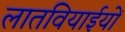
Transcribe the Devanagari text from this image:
लातवियाईयों